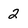
Character: 2